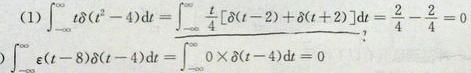
\[
\begin{align*}
(1)\int_{-\infty}^{\infty}t\delta(t^{2}-4)dt&=\int_{-\infty}^{\infty}\frac{t}{4}[\delta(t - 2)+\delta(t + 2)]dt=\frac{2}{4}-\frac{2}{4}=0\\
\int_{-\infty}^{\infty}\varepsilon(t - 8)\delta(t - 4)dt&=\int_{-\infty}^{\infty}0\times\delta(t - 4)dt = 0
\end{align*}
\]